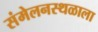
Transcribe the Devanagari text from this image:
संमेलनस्थळाला